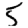
Digit: 5